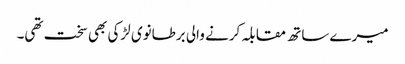
میرے ساتھ مقابلہ کرنے والی برطانوی لڑکی بھی سخت تھی۔